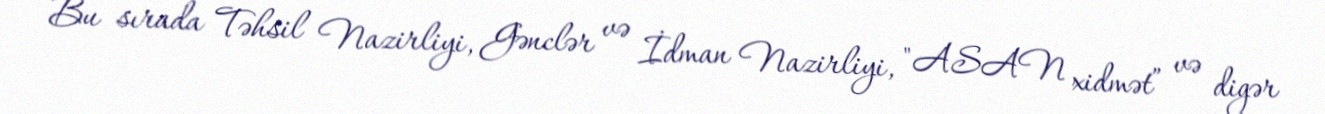
Bu sırada Təhsil Nazirliyi, Gənclər və İdman Nazirliyi, "ASAN xidmət” və digər